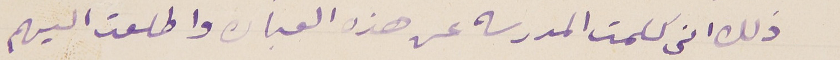
ذلك انى كلمت المدرسه عن هذه العباره واطلعت اليهم